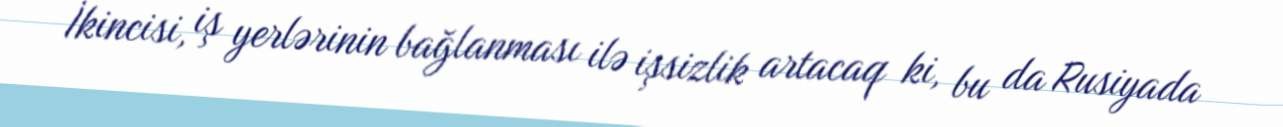
İkincisi, iş yerlərinin bağlanması ilə işsizlik artacaq ki, bu da Rusiyada